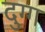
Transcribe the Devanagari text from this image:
दुग्ग